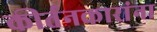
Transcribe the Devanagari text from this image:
कीर्तनकारांना